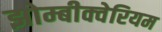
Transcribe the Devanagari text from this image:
झोम्बीक्वेरियम